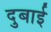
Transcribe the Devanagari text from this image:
दुबाई